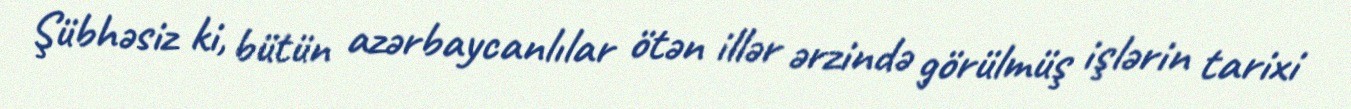
Şübhəsiz ki, bütün azərbaycanlılar ötən illər ərzində görülmüş işlərin tarixi